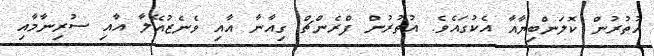
އުތުރުން ކޮލަންބިޔާއާ އެކުގައެވެ. އުތުރުން ފްރެންޗް ގިއާނާ އާއި ވެނެޒުއޭލާ އާއި ސުރިނާމާއި